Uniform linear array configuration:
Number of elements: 12
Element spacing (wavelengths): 1
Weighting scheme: kaiser
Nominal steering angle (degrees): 45
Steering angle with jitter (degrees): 44.921
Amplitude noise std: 0.05
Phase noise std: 0.05

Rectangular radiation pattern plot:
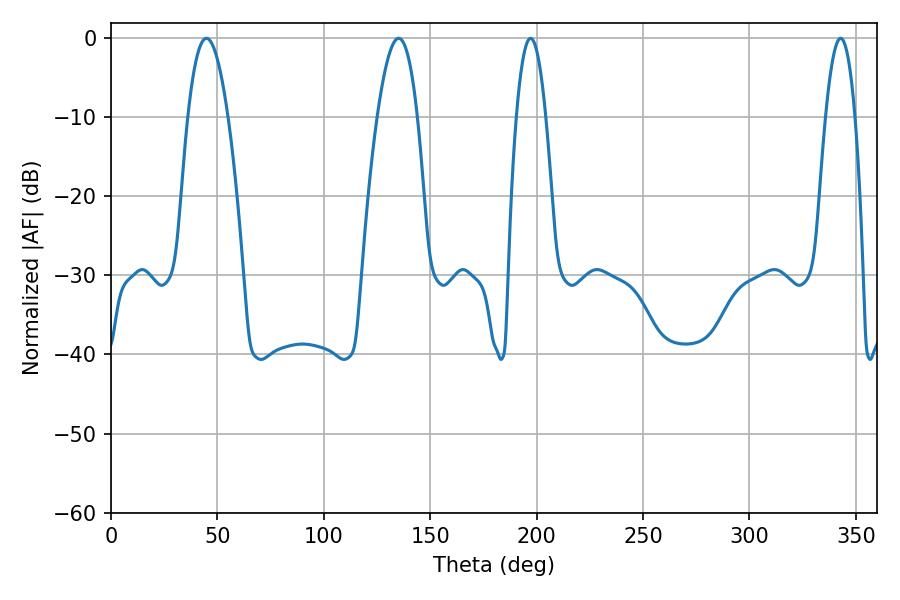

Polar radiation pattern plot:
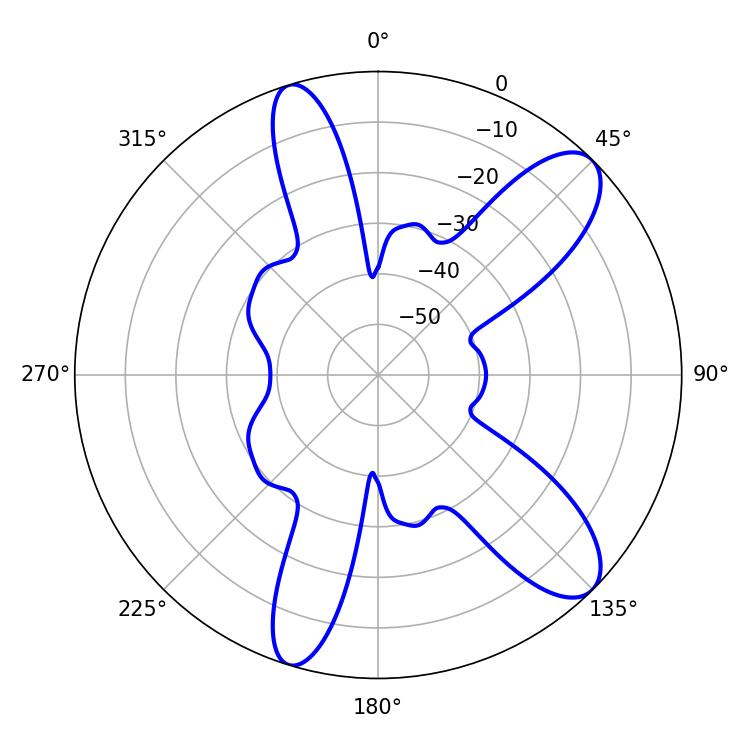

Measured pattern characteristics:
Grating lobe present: TRUE
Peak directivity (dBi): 10.229
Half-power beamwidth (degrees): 10.26
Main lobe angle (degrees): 44.82